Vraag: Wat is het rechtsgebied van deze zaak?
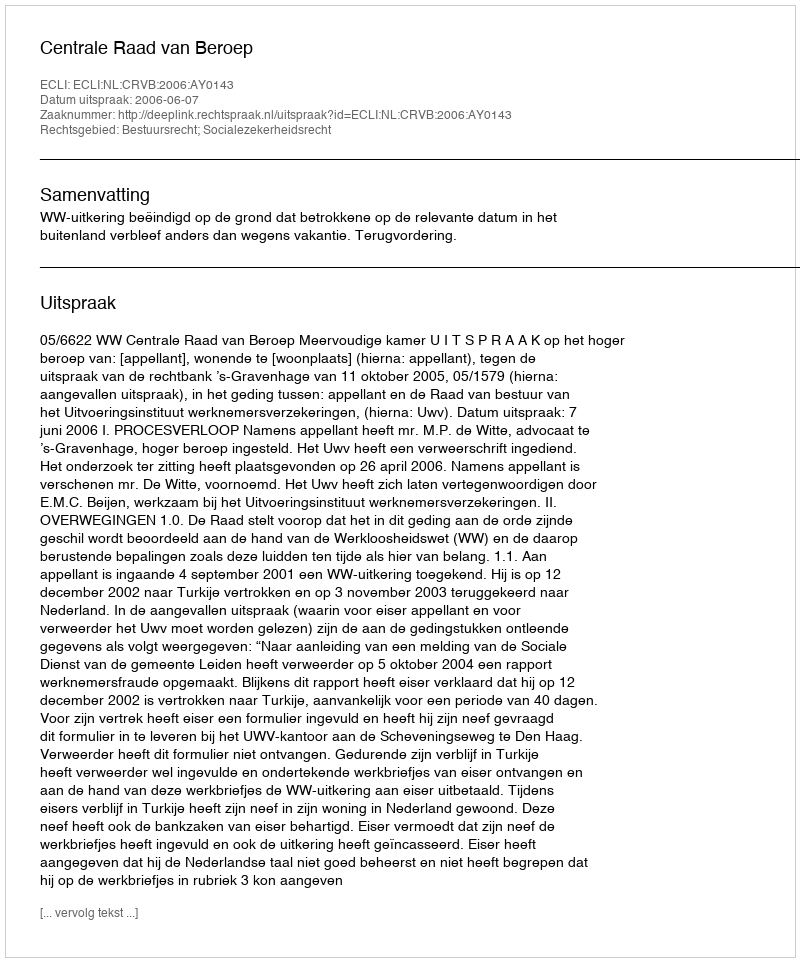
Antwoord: Bestuursrecht; Socialezekerheidsrecht